Annual report of the Bengal Veterinary College and of the Civil Veterinary Department, Bengal, for the year 1899-1900 - 1899-1900
Year: 1899
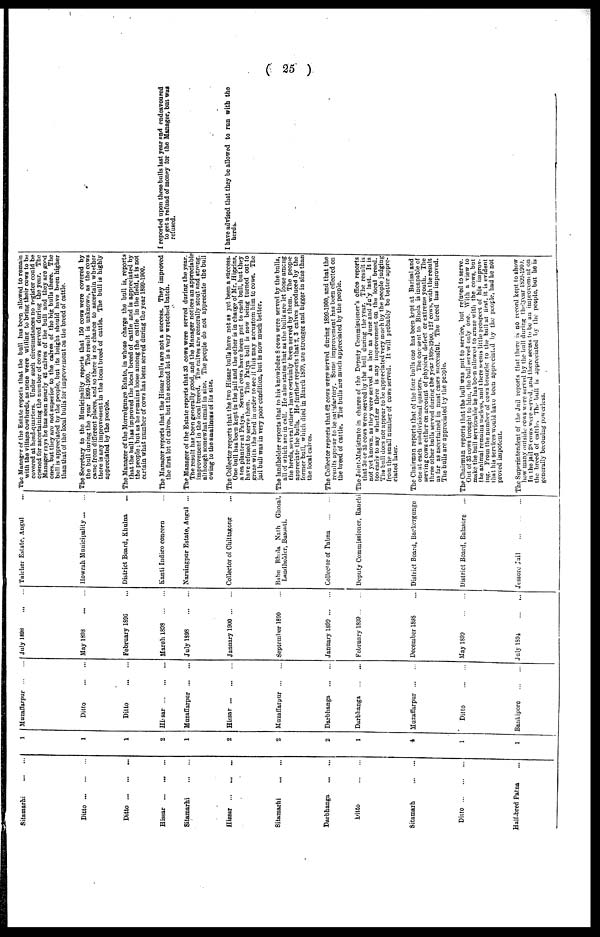
( 25 )
Sitamarhi ... ...
Ditto ... ... ...
Ditto ... ... ...
Hissar ... ... ...
Sitamarhi ... ...
Hissar ... ... ...
Sitamarhi ... ...
Darbhanga ... ...
Ditto ... ...
Sitamarh ... ...
Ditto ... ... ...
Half-bred Patna ...
1
1
1
2
1
2
2
2
1
4
1
1
Muzaffarpur ... ...
Ditto ... ...
Ditto ... ...
Hissar ... ... ...
Muzaffarpur ... ...
Hissar ... ... ...
Muzaffarpur ... ...
Darbhanga ... ...
Darbhanga ... ...
Muzaffarpur ... ...
Ditto ... ...
Bankipore ... ...
| July 1898
May 1898 ... ...
February 1896 ...
March 1898 ... ...
July 1898 ... ...
January 1900 ... ...
September 1899 ...
January 1899 ... ...
February 1899 ... ...
December 1898 ...
May 1899 ... ...
July 1894 ... ...
Talcher Estate, Angul ...
Howrah Municipality ... ...
District Board, Khulna ...
Kanti Indigo concern ...
Narsingpur Estate, Angul ... ...
Collector of Chittagong
Bsibu Bhola Nath Ghosal,
Landholder, Basonti.
Collector of Pabna ... ...
Deputy Commissioner, Ranchi
District Board, Backergunge
District Board, Balasore ...
Jessore Jail ... ... ...
The Manager of the Estate reports that the bull has been allowed to remain
with the village cowherds, as none were willing to bring their cows to be
covered at head-quarters. Under such circumstances no register could be
opened for ascertaining the number of cows served during the year. The
Manager says he has seen nearly 42 calves of the bull and they are good
ones, but they are not superior to the calves of the big bulls there. The
bull is appreciated by the people, but its height should have been higher
than that of the local bulls for improvement on the breed of cattle.
The Secretary to the Municipality reports that 150 cows were covered by
the bull during the year 1899-1900. The result is unknown, as the cows
came from different places, and so there is no chance to ascertain whether
there is any improvement in the local breed of cattle. The bull is highly
appreciated by the people.
The Manager of the Morrelgunge Estate, in whose charge the bull is, reports
that the bull has improved the local breed of cattle and is appreciated by
the people; but as he remains loose among the cattle in the field, it is not
certain what number of cows has been served during the year 1899-1900.
The Manager reports that the Hissar bulls are not a success. They improved
the first lot of calves, but the second lot is a very wretched batch.
The Manager of the Estate reports that 33 cows were served during the year.
The result has been generally good, and the Manager notices an appreciable
improvement in the local breed. The calves are generally stout and strong.
although somewhat small in size. The people do not appreciate the bull
owing to the smallness of its size.
The Collector reports that the two Hissar bulls have not as yet been a success.
One bull has been kept in the jail and the other is in charge of Mr. Higgins,
a tea planter at Patya. Several cows have been put to each bull, but they
have refused to serve them. The Patya bull is now being turned out to
graze with the herd in order to see if this may accustom him to cows. The
jail bull was in very poor condition, but is now much better.
The landholder reports that to his knowledge 8 cows were served by the bulls,
all of which are in calf. He also states that as the bulls are let loose among
the herds, several others have certainly been served by them. The people
appreciate the bulls. He further reports that 2, 3 calves produced by the
former bull, which died in March 1899, are stronger and bigger in size than
the local calves.
The Collector reports that 62 cows were served during 1899-1900, and that the
results appear to be satisfactory. Some improvement has been effected on
the breed of cattle. The bulls are much appreciated by the people.
The Joint-Magistrate in charge of the Deputy Commissioner's office reports
that 30 or 35 cows were served by the bull during the year. The result is
not yet known, as they were served as late as June and July last. It is
too early to say whether there is any improvement on the local breed.
The bull does not appear to be appreciated very much by the people judging
from the small number of cows served. It will probably be better appre-
ciated later.
The Chairman reports that of the four bulls one has been kept at Barisal and
one at each subdivisional quarters. The one sent to Bhola is incapable of
serving cows either on account of physical defect or extreme youth. The
three other bulls served during the year 1899-1900, 127 cows, with the result
as far as ascertained in most cases successful. The breed has improved.
The bulls are appreciated by the people.
The Chairman reports that the bull was put to service, but refused to serve.
Out of 33 cows brought to him, the bull served only one. With a view to
make the bull serviceable he has been allowed to graze with the cows, but
the animal remains useless, and there seems little prospect of his improv-
ing. From the number of cows brought to the bull at first, it is evident
that his services would have been appreciated by the people, had he not
proved impotent.
The Superintendent of the Jail reports that there is no record kept to show
how many outside cows were served by the bull during the year 1899-1900.
In the jail 28 cows were served, and there seems to be an improvement on
the breed of cattle. The bull is appreciated by the people, but he is
generally becoming powerless.
I reported upon these bulls last year and endeavoured
to get a refund of money for the Manager, but wag
refused.
I have advised that they be allowed to run with the
herds.